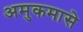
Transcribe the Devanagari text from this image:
अमुकमासे